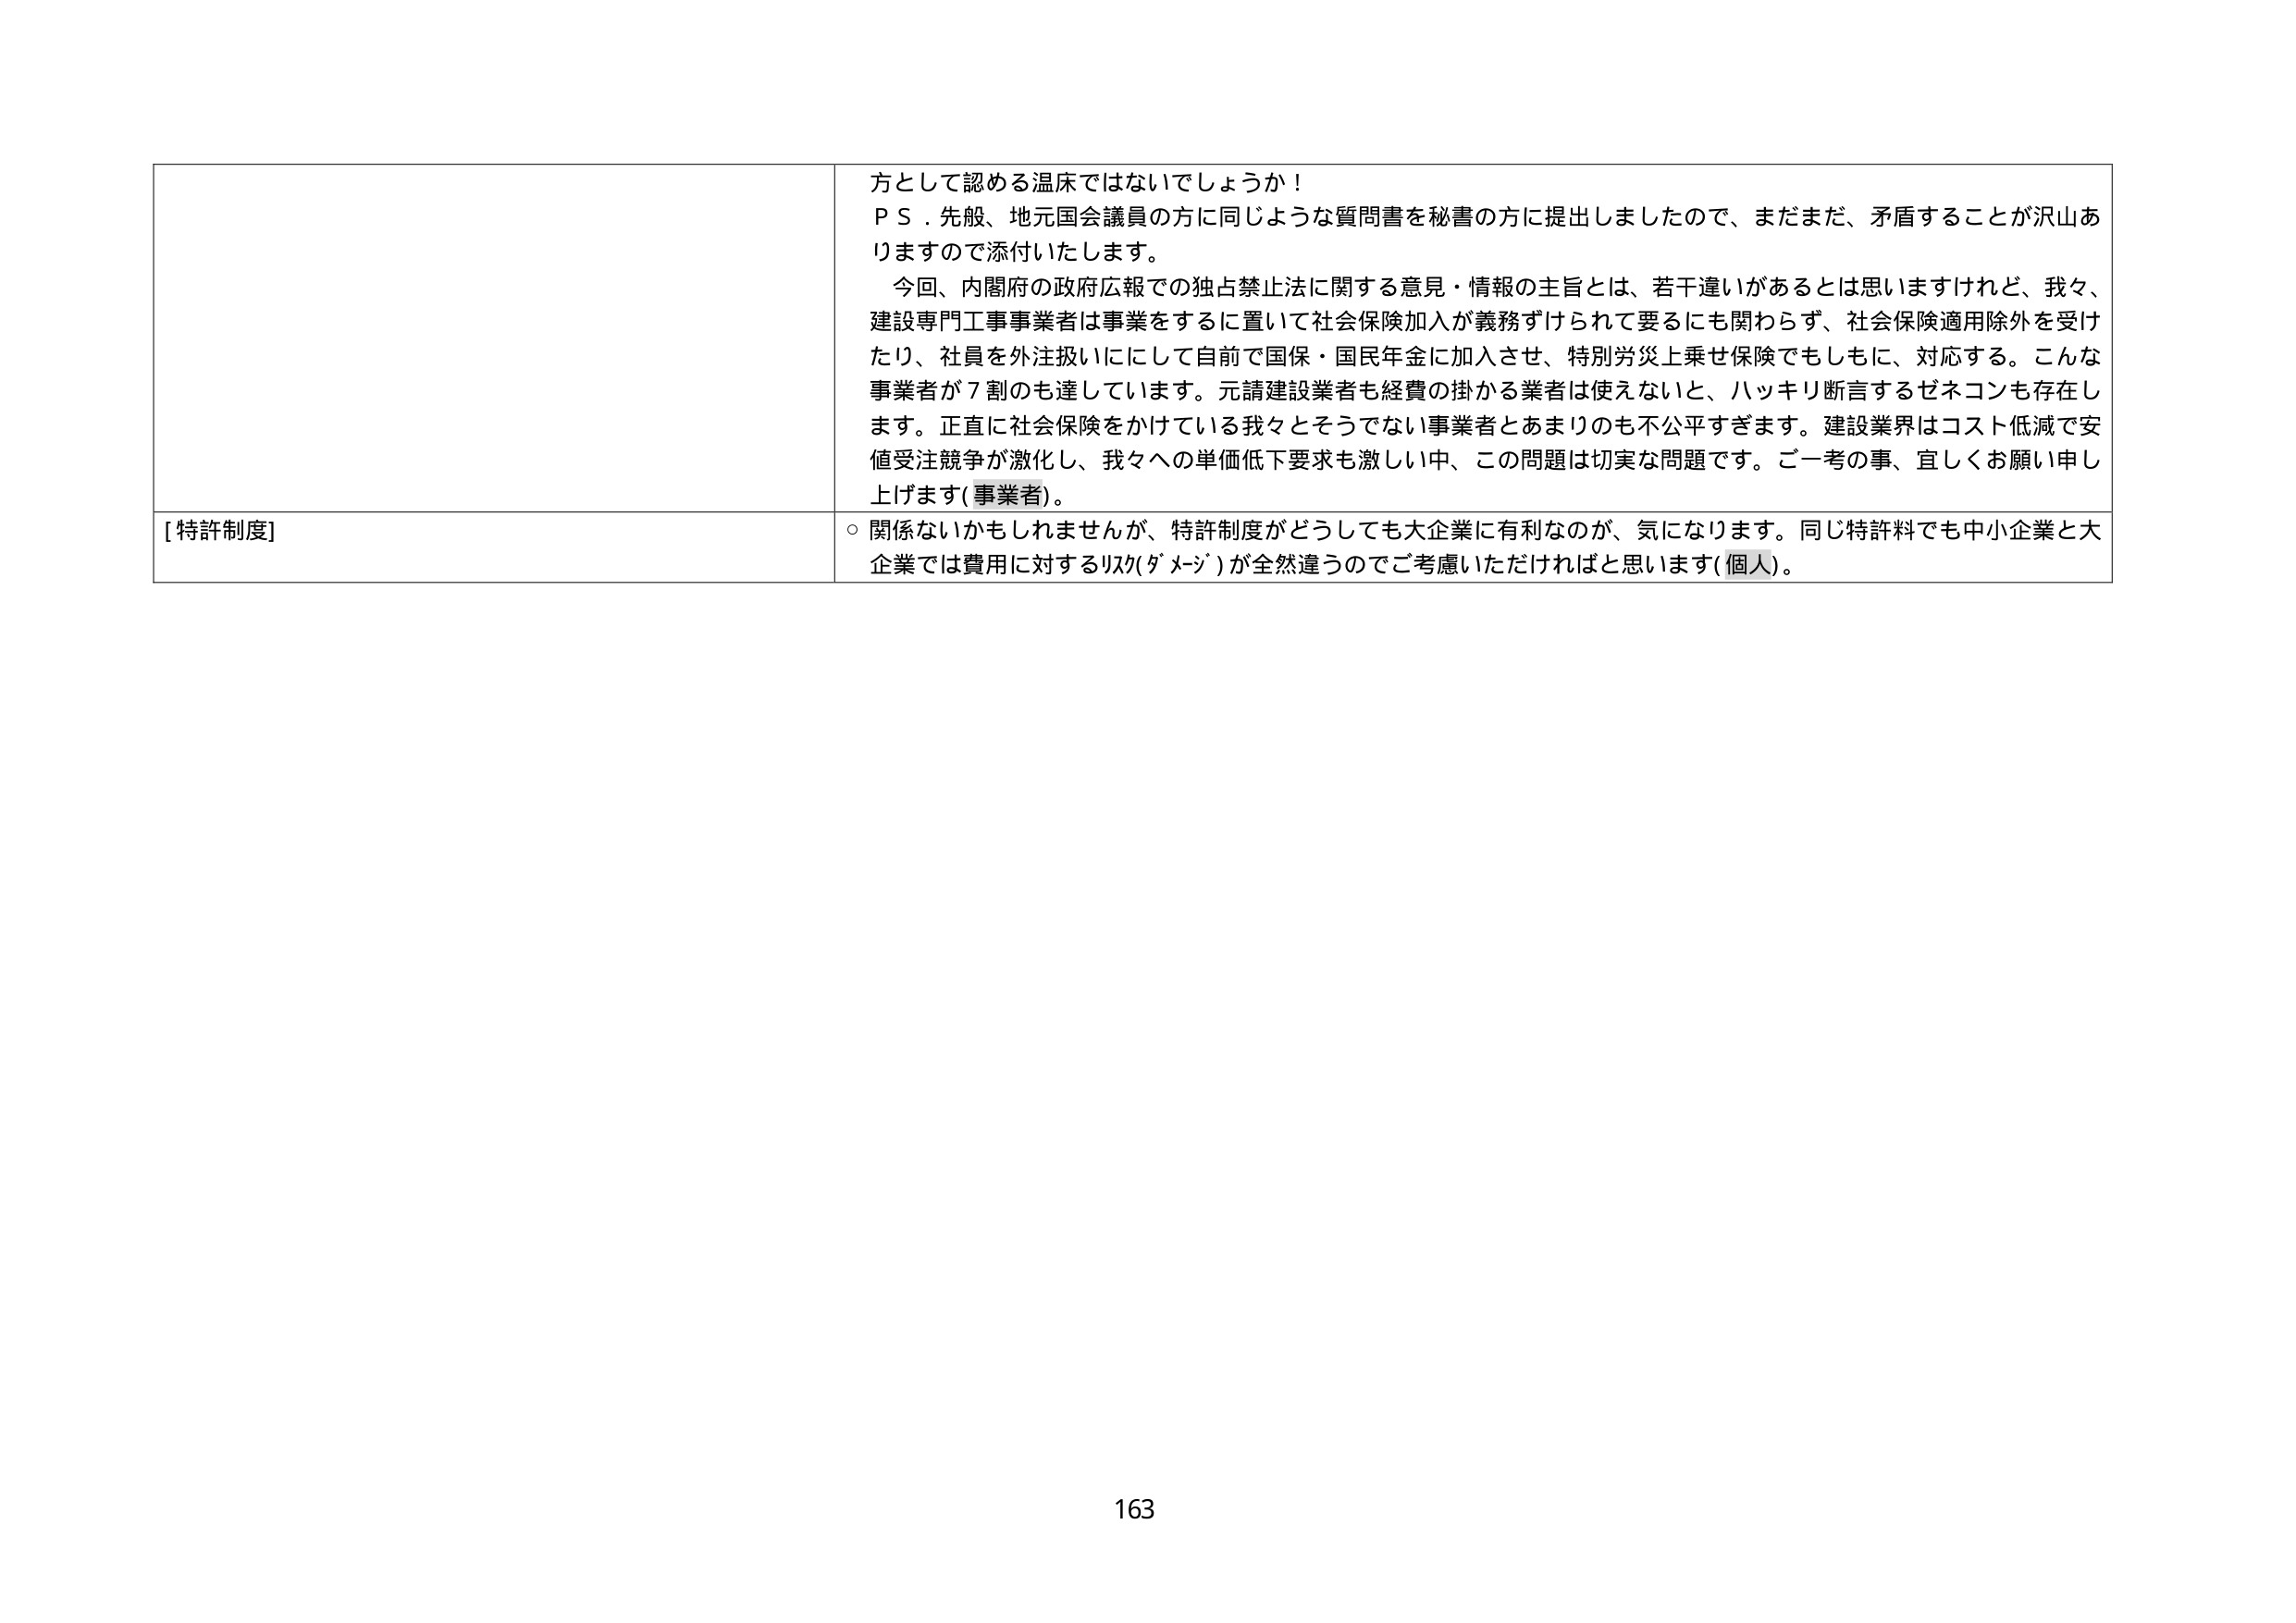
方として認める温床ではないでしょうか！
ＰＳ．先般、地元国会議員の方に同じような質問書を秘書の方に提出しましたので、まだまだ、矛盾することが沢山ありますので添付いたします。
今回、内閣府の政府広報での独占禁止法に関する意見・情報の主旨とは、若干違いがあるとは思いますけれど、我々、建設専門工事事業者は事業をするに置いて社会保険加入が義務ずけられて要るにも関わらず、社会保険適用除外を受けたり、社員を外注扱いににして自前で国保・国民年金に加入させ、特別労災上乗せ保険でもしもに、対応する。こんな事業者が７割のも達しています。元請建設業者も経費の掛かる業者は使えない、ハッキリ断言するゼネコンも存在します。正直に社会保険をかけている我々とそうでない事業者とあまりのも不公平すぎます。建設業界はコスト低減で安値受注競争が激化し、我々への単価低下要求も激しい中、この問題は切実な問題です。ご一考の事、宜しくお願い申し上げます(事業者)。

[特許制度]
○ 関係ないかもしれませんが、特許制度がどうしても大企業に有利なのが、気になります。同じ特許料でも中小企業と大企業では費用に対するリスク(ダメージ)が全然違うのでご考慮いただければと思います(個人)。

163